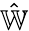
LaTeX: \hat{\mathbb W}